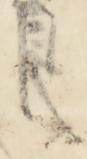
之